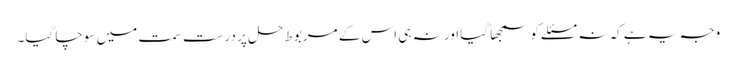
وجہ یہ ہے کہ نہ مسئلے کو سمجھا گیا اور نہ ہی اس کے مربوط حل پر درست سمت میں سوچا گیا۔